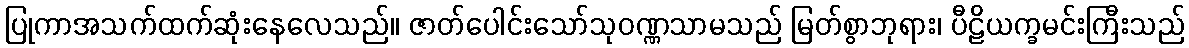
ပြုကာအသက်ထက်ဆုံးနေလေသည်။ ဇာတ်ပေါင်းသော်သုဝဏ္ဏသာမသည် မြတ်စွာဘုရား၊ ပီဠိယက္ခမင်းကြီးသည်